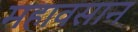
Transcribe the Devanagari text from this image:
महावसान